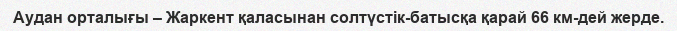
Аудан орталығы – Жаркент қаласынан солтүстік-батысқа қарай 66 км-дей жерде.